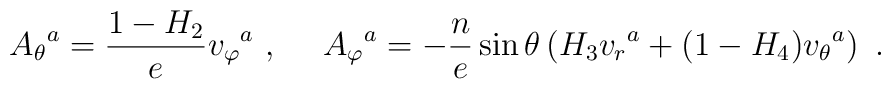
{A_{\theta}}^a= \frac{1-H_2}{e} {v_{\varphi}}^a\ , \ \ \ \ {A_{\varphi}}^a=- \frac{n}{e}\sin\theta \left(H_3{v_{r}}^a+(1-H_4) {v_{\theta}}^a \right)\ .